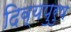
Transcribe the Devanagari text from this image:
दिव्यपुरुष